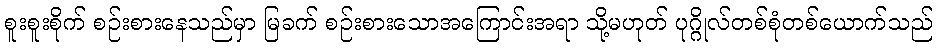
စူးစူးစိုက် စဉ်းစားနေသည်မှာ မြခက် စဉ်းစားသောအကြောင်းအရာ သို့မဟုတ် ပုဂ္ဂိုလ်တစ်စုံတစ်ယောက်သည်